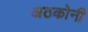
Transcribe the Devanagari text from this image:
अठकोनी